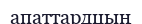
апаттардцың